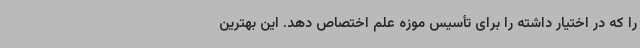
را که در اختیار داشته را برای تأسیس موزه علم اختصاص دهد. این بهترین